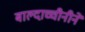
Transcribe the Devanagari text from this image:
बाल्दाच्चीनीने